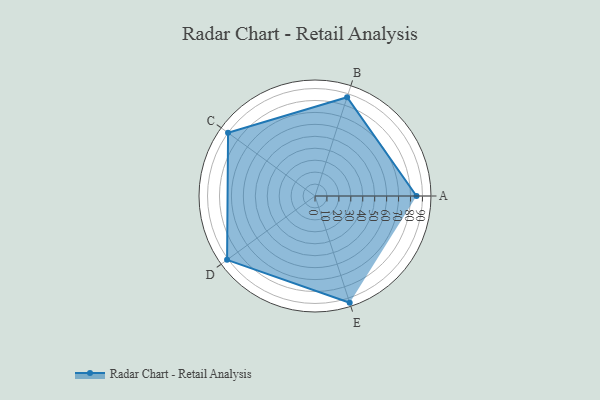
{"axis": {"x": "Skill", "y": "Score"}, "legend": ["Profile"], "data": [{"x": "A", "y": 85.0, "type": "Profile"}, {"x": "B", "y": 87.0, "type": "Profile"}, {"x": "C", "y": 90.0, "type": "Profile"}, {"x": "D", "y": 91.0, "type": "Profile"}, {"x": "E", "y": 94.0, "type": "Profile"}]}